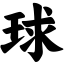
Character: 球